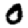
Digit: 0